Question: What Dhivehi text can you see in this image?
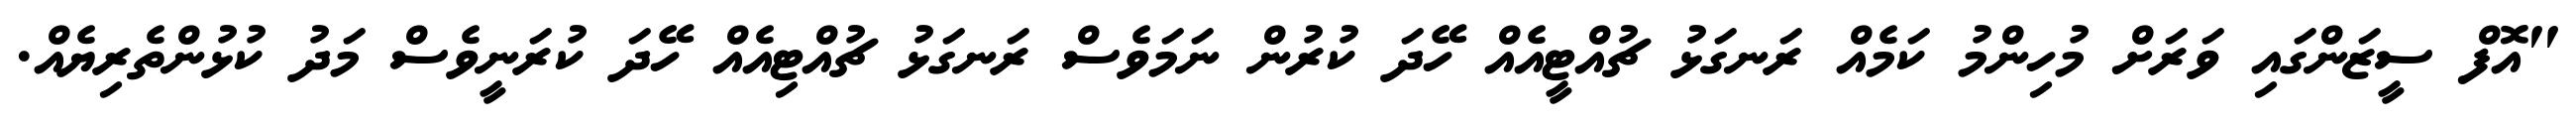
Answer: "އޮފް ސީޒަންގައި ވަރަށް މުހިންމު ކަމެއް ރަނގަޅު ޗުއްޓީއެއް ހޭދަ ކުރުން ނަމަވެސް ރަނގަޅު ޗުއްޓިއެއް ހޭދަ ކުރަނީވެސް މަދު ކުޅުންތެރިޔެއް.